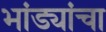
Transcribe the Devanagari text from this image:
भांड्यांचा